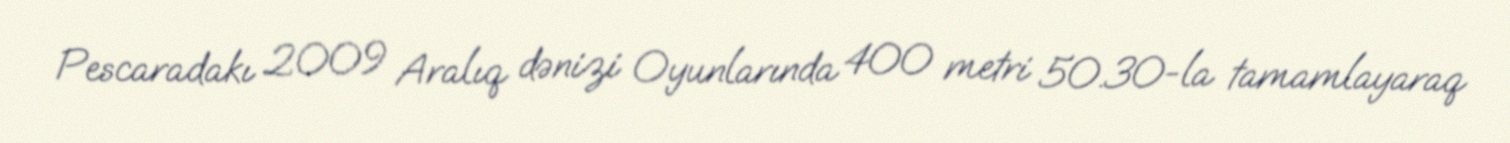
Pescaradakı 2009 Aralıq dənizi Oyunlarında 400 metri 50.30-la tamamlayaraq